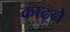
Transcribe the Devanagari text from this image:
काढ़ने